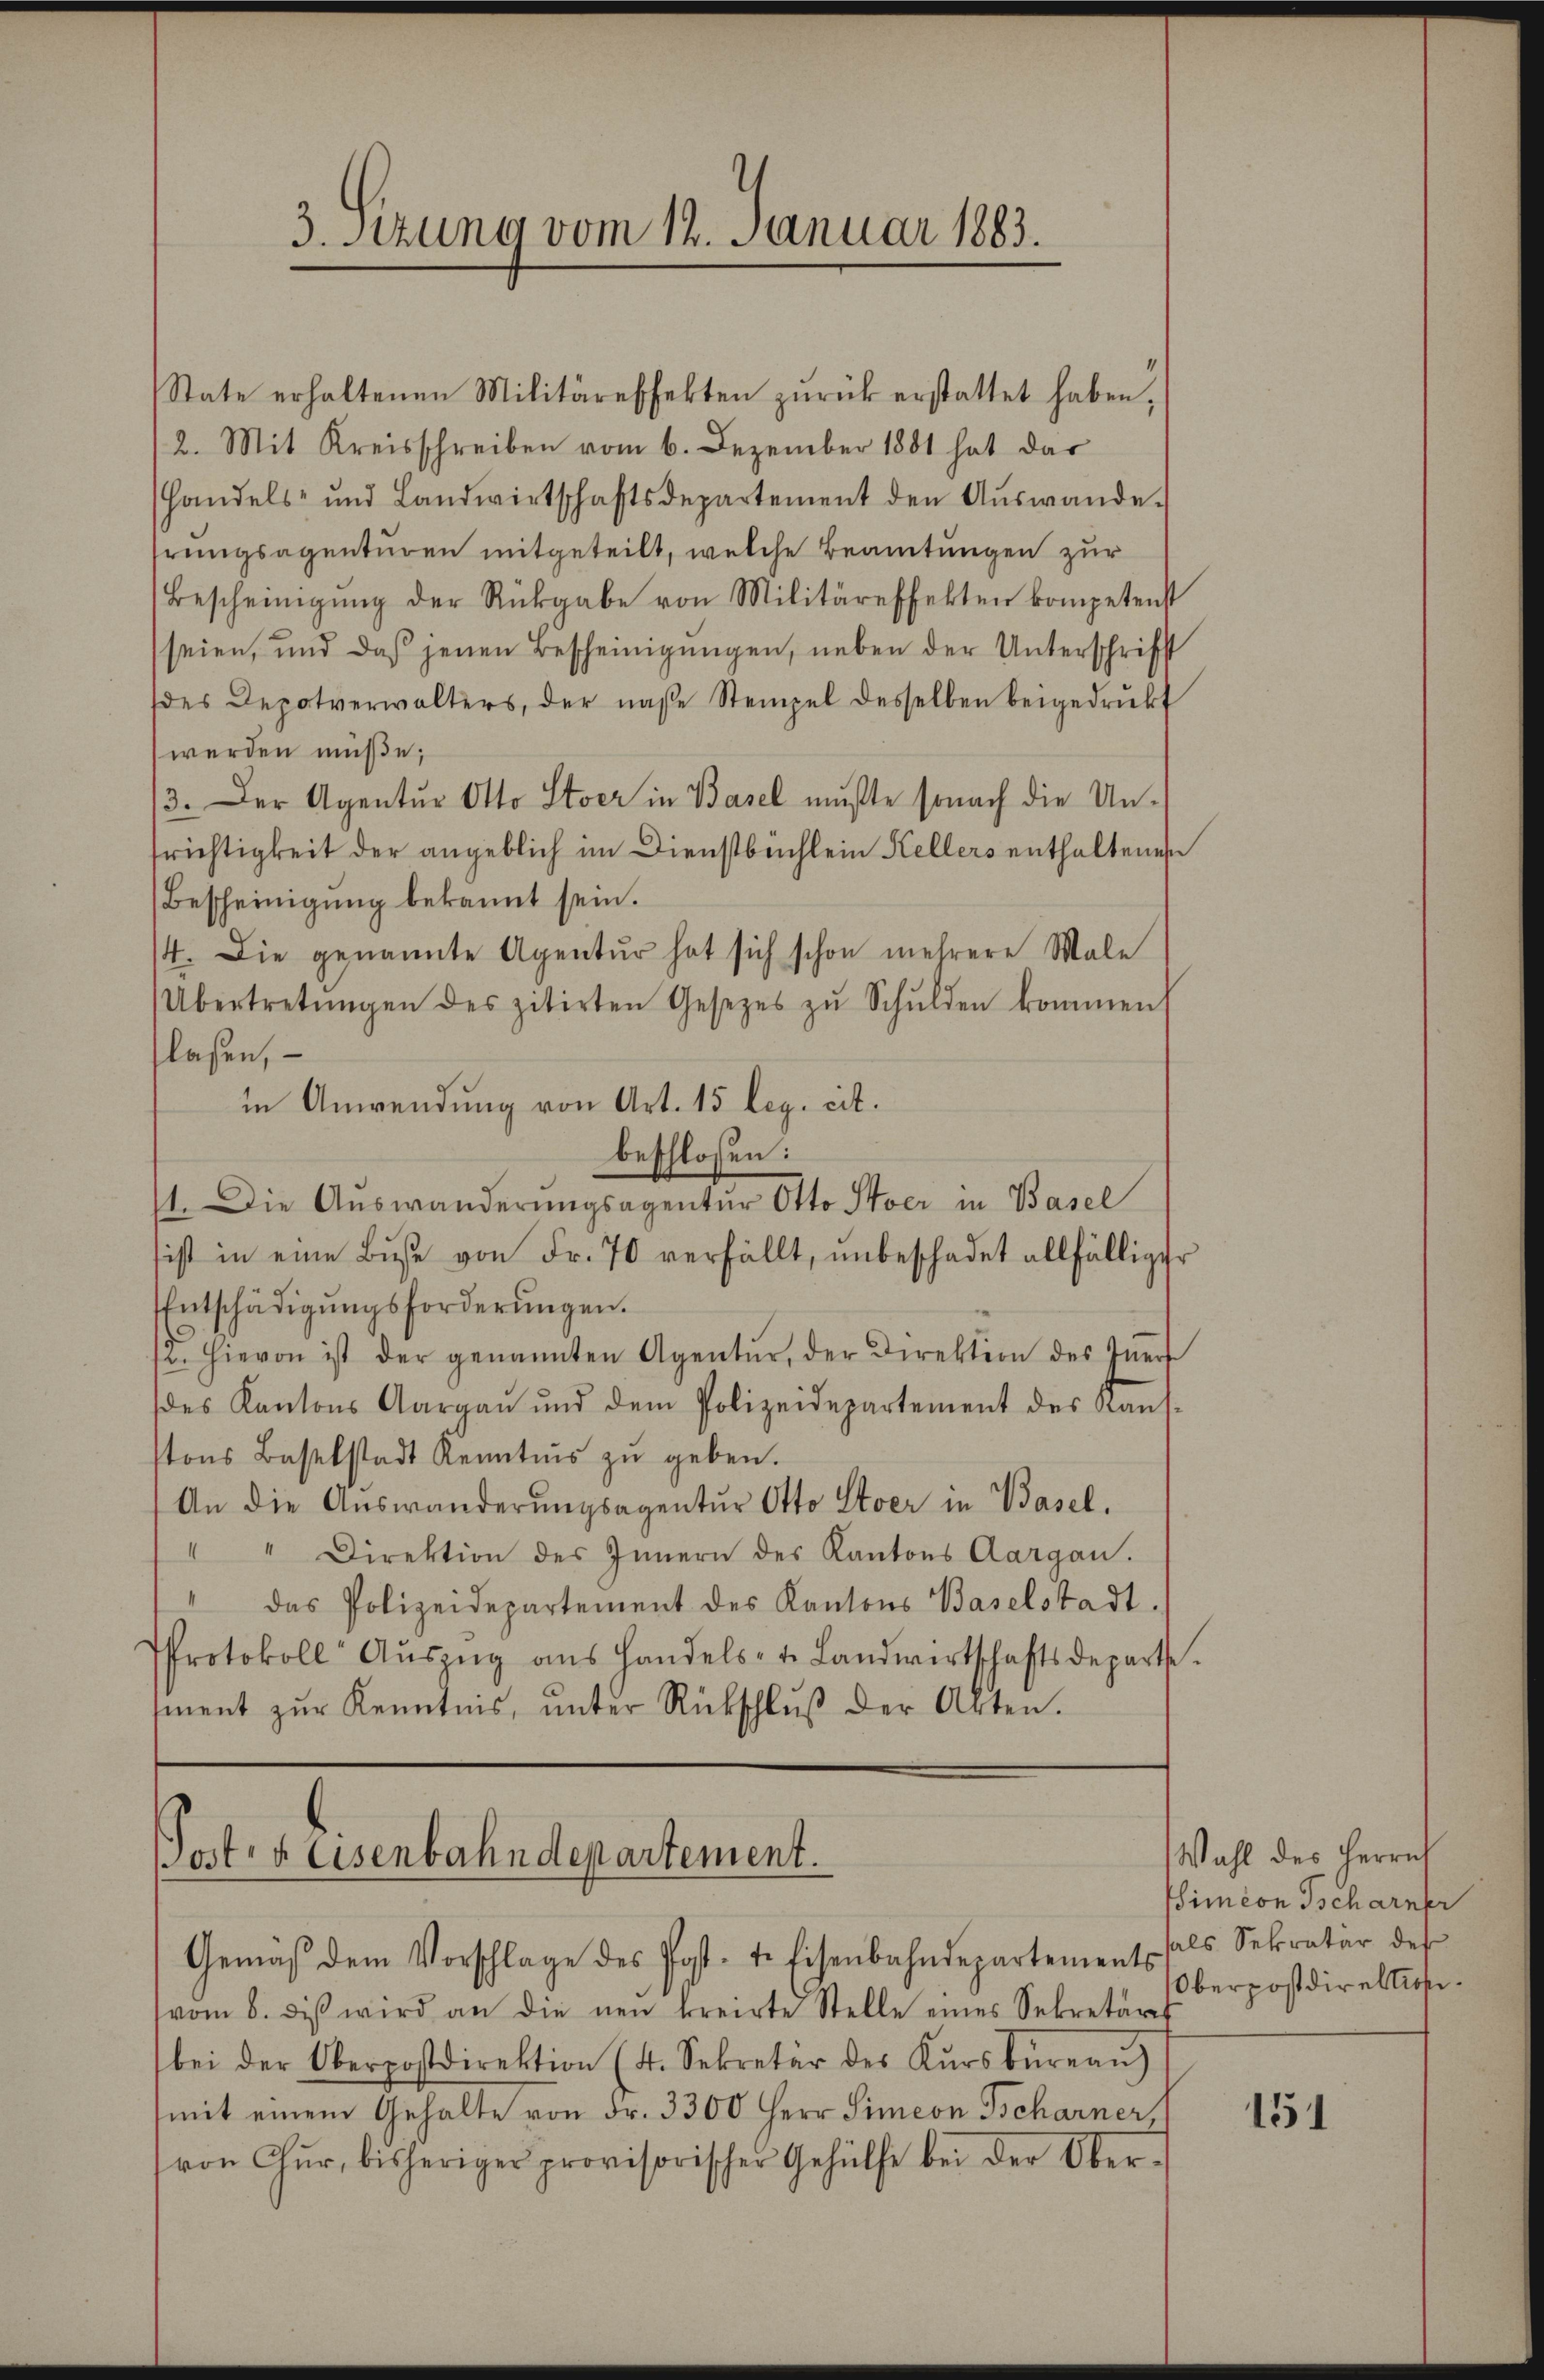
3. Setzung vom 12. Januar 1883.

State erhaltenen Militäreffekten zŭrück erstattet haben,
2. Mit Kreisschreiben vom 6. Dezember 1881 hat das
handels- und Landwirtschaftsdepartement den Aŭswande.
srungsagenturen mitgeteilt, welche Beamtungen zur
Bescheinigŭng der Rückgabe von Militäreffekten kompetenst
seien, und daß jenen Bescheinigŭngen, neben der Unterschrift
des Depotverwalters, der nahe Stempel desselben beigedrukt
werden müße;
3. Der Agentur Otto Stoer in Basel mußte sonach die Untrichtigkeit der angeblich im Dienstbüchlein Kellers enthaltenen
Bescheinigung bekannt sein.
74. Die genannte Agentur hat sich schon mehrere Male
Übertretŭngen des zitirten Gesetzes zŭ Schŭlden kommen
lassen, –
in Anwendung von Art. 15 leg. cit.
beschlossen:
1. Die Auswanderŭngsagentŭr Otto Stoer in Basel
sist in eine Buße von Fr. 70 verfällt, unbeschadet allfälliger
Entschädigŭngsforderŭngen.
2. Hievon ist der genannten Agentur, der Direktion des Iṅer
des Kantons Aargaŭ ŭnd dem Polizeidepartement des Kaŭf-
tons Baselstadt Kenntnis zŭ geben.
An die Auswanderungsagentur Otto Stoer in Basel.
" " Direktion des Innern des Kantons Aargau.
das Polizeidepartement des Kantons Baselstadt
Protokoll Aŭszŭg ans Handels- u. Landwirtschaftsdeparte
ment zŭr Kenntnis, ŭnter Rückschlŭβ der Akten.

Post- & Eisenbahndepartement.
Gemäβ dem Vorschlage des Post-te Eisenbahndepartements als Sekretär des

vom 8. diβ wird an die neu kreirte Stelle eines Sekretäres
bei der Oberpostdirektion (4. Sekretär des Kŭrsbüreaŭ)
mit einem Gehalte von Fr. 3300 Herr Simeon Tscharner
von Chur, bisheriger provisorischer Gehülfe bei der Ober-

Wahl des Herrn
Simeon Tscharner
Oberpostdirektioni¬

151